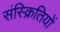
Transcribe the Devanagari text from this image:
संस्क्रितियों